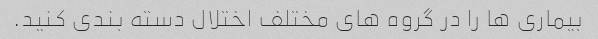
بیماری ها را در گروه های مختلف اختلال دسته بندی کنید.